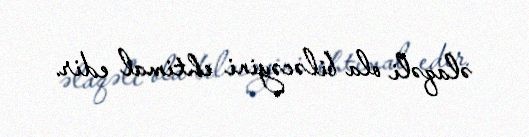
əlaqəli ola biləcəyini ehtimal edir.